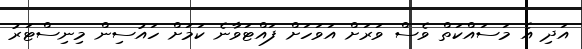
އަދި އެ މަސައްކަތް ވެސް ވަރަށް އަވަހަށް ފައްޓަވާނެ ކަމަށް ހައުސިން މިނިސްޓަރު